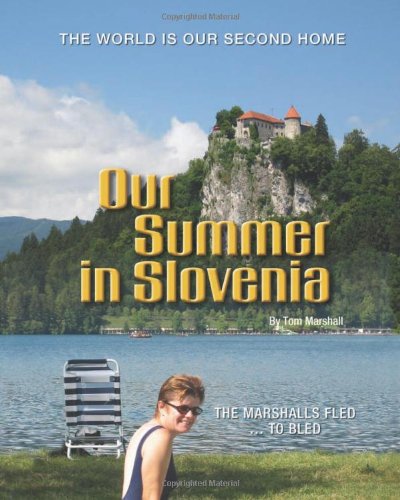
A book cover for Our Summer in Slovenia: The Marshalls Fled To Bled; Tom Marshall; Travel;